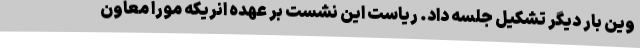
وین بار دیگر تشکیل جلسه داد. ریاست این نشست بر عهده انریکه مورا معاون